[Report on the health of British troops in the Madras command]
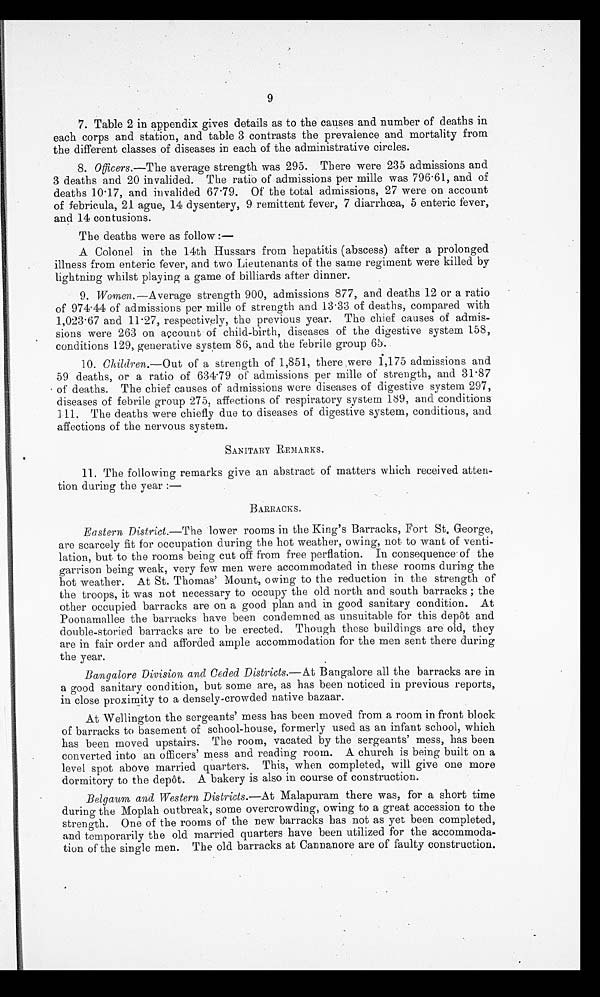
9
7. Table 2 in appendix gives details as to the causes and number of deaths in
each corps and station, and table 3 contrasts the prevalence and mortality from
the different classes of diseases in each of the administrative circles.
8. Officers. —The average strength was 295. There were 235 admissions and
3 deaths and 20 invalided. The ratio of admissions per Dille was 796.61, and of
deaths 10.17, and invalided 67.79. Of the total admissions, 27 were on account
of febricula, 21 ague, 14 dysentery, 9 remittent fever, 7 diarrhœa, 5 enteric fever,
and 14 contusions.
The deaths were as follow :
—
A Colonel in the 14th Hussars from hepatitis (abscess) after a prolonged
illness from enteric fever, and two Lieutenants of the same regiment were killed by
lightning whilst playing a game of billiard after dinner.
9.
Women. —Average strength 900, admissions 877, and deaths 12 or a ratio
of 974.44 of admissions per mille of strength and 13.33 of deaths, compared with
1,023.67 and 11.27, respectively, the previous year. The chief causes of admis-
sions were 263 on account of child-birth, diseases of the digestive system 158,
conditions 129, generative system 86, and the febrile group 65.
10. Children.—Out of a strength of 1,851, there were 1,175 admissions and
59 deaths, or a ratio of 634.79 of admissions per mille of strength, and 31.87
of deaths. The chief causes of admissions were diseases of digestive system 297,
diseases of febrile group 275, affections of respiratory system 189, and conditions
111. The deaths were chiefly due to diseases of digestive system, conditions, and
affections of the nervous system.
SANITARY REMARKS.
H. The following remarks give an abstract of matters which received atten-
tion during the year :—
BARRACKS.
Eastern District. —The lower rooms in the King's Barracks, Fort St. George,
are scarcely fit for occupation during the hot weather, owing, not to want of venti-
lation, but to the rooms being cut off from free perflation. In consequences of the
garrison being weak, very few men were accommodated in these rooms during the
hot weather. At St. Thomas' Mount, owing to the reduction in the strength of
the troops, it was not necessary to occupy the old north and south barracks ; the
other occupied barracks are on a good plan and in good sanitary condition. At
Poonamallee the barracks have been condemned as unsuitable for this depôt and
double-storied barracks are to be erected. Though these buildings are old, they
are in fair order and afforded ample accommodation for the men sent there during
the year.
Bangalore Division and Ceded Districts. —At Bangalore all the barracks are in
a good sanitary condition, but some are, as has been noticed in previous reports,
in close proximity to a densely-crowded native bazaar.
At Wellington the sergeants' mess has been moved from a room in front block
of barracks to basement of school-house, formerly used as an infant school, which
has been moved upstairs. The room, vacated by the sergeants' mess, has been
converted into an officers' mess and reading room. A church is being built on a
level spot above married quarters. This, when completed, will give one more
dormitory to the depôt. A bakery is also in course of construction.
Belgaum and Western Districts. —At Malapuram there was, for a short time
during the Monlah outbreak, some overcrowding, owing to a great accession to the
strength. One of the rooms of the new barracks has not as yet been completed,
and temporarily the old married quarters have been utilized for the accommoda-
tion of the single men. The old barracks at Cannanore are of faulty construction.